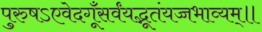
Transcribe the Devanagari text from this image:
पुरुषऽएवेदगूँसर्वंयद्भूतंयच्चभाव्यम्॥